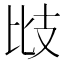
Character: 㩺